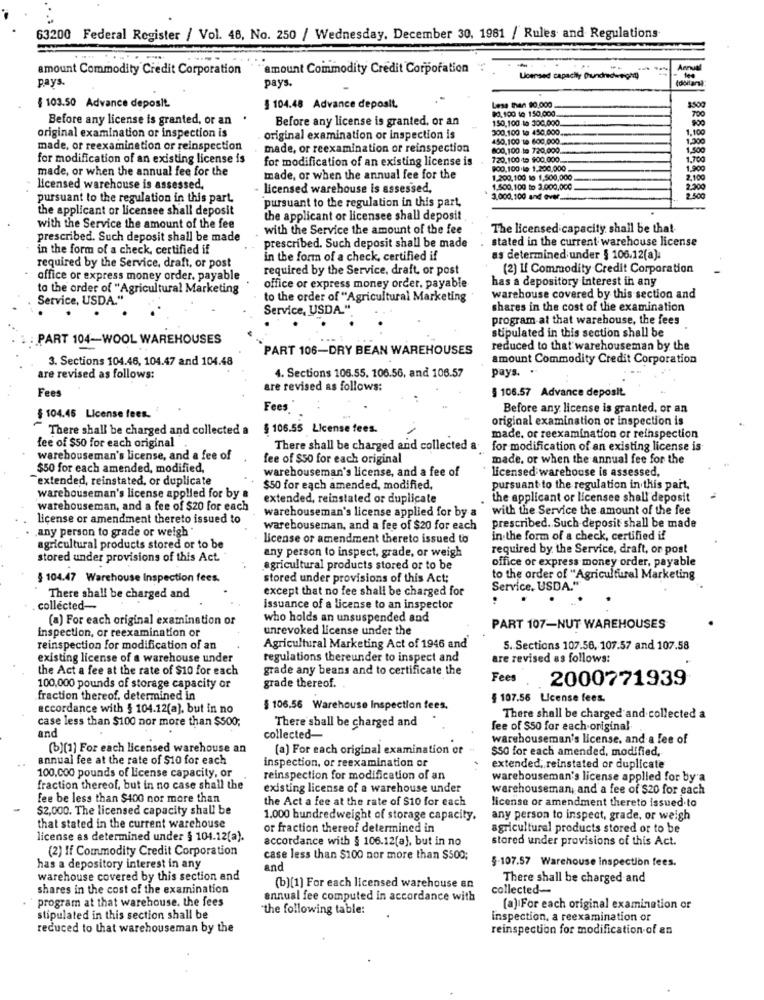
63200 Federal Register / Vol. 48, No. 250 / Wednesday, December 30, 1961 / Rules and Regulations
amount Commodity Credit Corporation
"amount Commodity Credit Corporation
Annual
pays.
pays.
Licensed capacity (lundiachingna)
Less than 90,000
$500
§ 103.50 Advance deposit
§ 104.48 Advance deposit.
90,100 to 150,000.
700
Before any license is granted, or an
Before any license is granted, or an
150,100-16 300,000.
900
original examination or inspection is
300,100 to 450.000.
1.100
original examination or inspection is
450,100 10 600,000
made, or reexaminetion or reinspection
made, or reexamination or reinspection
800,100 to 720,000.
1.500
for modification of an existing license is
for modification of an existing license is
720.100 to $00.000.
1.700
made, or when the annual fee for the
$00,100 10 1.200.000.
1.900
made, or when the annual fee for the
1.200,100 10 1,500,000
2,100
" licensed warehouse is assessed,
- licensed warehouse is assessed,
1,500,100 to 3.000,00℃
2.300
pursuant to the regulation in this part
pursuant to the regulation in this part,
3.000,100 and ovw ......
2.500
the applicant or licensee shall deposit
the applicant or licensee shall deposit
with the Service the amount of the fee
with the Service the amount of the fee
The licensed capacity shall be that
prescribed. Such deposit shall be made
stated in the current warehouse license
in the form of a check, certified if
prescribed. Such deposit shall be made
in the form of a check, certified if
as determined under § 106.12(a).
required by the Service, draft, or post
required by the Service, draft, or post
(2) If Commodity Credit Corporation
office or express money order. payable
has a depository interest in any
to the order of "Agricultural Marketing
office or express money order, payable
Service, USDA."
to the order of "Agricultural Marketing
warehouse covered by this section and
Service, USDA."
shares in the cost of the examination
program at that warehouse, the fees
stipulated in this section shall be
PART 104-WOOL WAREHOUSES
PART 106-DRY BEAN WAREHOUSES
reduced to that warehouseman by the
3. Sections 104.46, 104.47 and 104.48
amount Commodity Credit Corporation
4. Sections 106.55. 106.56, and 106.57
pays. .
are revised as follows:
Fees
are revised as follows:
§ 106.57 Advance deposit
Fees
Before any license is granted, or an
$ 104.45 License fees.
original examination or inspection is
There shall be charged and collected a $ 106.55 License fees.
made. or reexamination or reinspection
fee of $50 for each original
There shall be charged and collected a for modification of an existing license is
warehouseman's license, and a fee of
fee of $50 for each original
made. or when the annual fee for the
$50 for each amended, modified,
warehouseman's license, and a fee of
licensed warehouse is assessed,
"extended, reinstated, or duplicate
$50 for each amended, modified,
pursuant to the regulation in this part,
warehouseman's license applied for by &
extended, reinstated or duplicate
the applicant or licensee shall deposit
warehouseman, and a fee of $20 for each
warehouseman's license applied for by a
with the Service the amount of the fee
license or amendment thereto issued to
.any person to grade or weigh "
warehouseman, and a fee of $20 for each
prescribed. Such deposit shall be made
License or amendment thereto issued to
in the form of a check, certified if
agricultural products stored or to be
any person to inspect, grade, or weigh
required by the Service, draft, or post
stored under provisions of this Act.
office or express money order, payable
agricultural products stored or to be
§ 104.47 Warehouse Inspection fees.
stored under provisions of this Act;
to the order of "Agricultural Marketing
except that no fee shall be charged for
Service, USDA.""
There shall be charged and
collected-
Issuance of a license to an inspector
(a) For each original examination or
who holds an unsuspended and
unrevoked license under the
PART 107-NUT WAREHOUSES
inspection, or reexamination or
reinspection for modification of an
Agricultural Marketing Act of 1946 and
5. Sections 107.56, 107.57 and 107.58
existing license of a warehouse under
regulations thereunder to inspect and
are revised as follows:
the Act a fee at the rate of $10 for each
grade any beans and to certificate the
Fees
2000771939
100,000 pounds of storage capacity or
grade thereof.
fraction thereof. determined in
§ 107.56 License fees.
accordance with § 104.12(a), but in no
§ 106.56 Warehouse Inspection fees.
case less than $100 nor more than $500;
There shall be charged and
There shall be charged and collected a
fee of $50 for each original
and
collected-
warehouseman's license, and a lee of
(b)[1] For each licensed warehouse an
(a) For each original examination of
$50 for each amended, modified,
annual fee at the rate of $10 for each
inspection, or reexamination or
extended, reinstated or duplicate
100,000 pounds of license capacity, or
reinspection for modification of an
warehouseman's license applied for by a
fraction thereof, but in no case shall the
existing license of a warehouse under
warehouseman, and a fee of $20 for each
fee be less than $400 nor more than
the Act a fee at the rate of $10 for each
license or amendment thereto issued.to
$2,000. The licensed capacity shall be
1.000 hundredweight of storage capacity.
any person to inspect, grade, or weigh
that stated in the current warehouse
or fraction thereof determined in
agricultural products stored or to be
license as determined under § 104.12(a).
accordance with § 106.12(a), but in no
stored under provisions of this Act.
(2) If Commodity Credit Corporation
case less than $100 nor more than $500;
5-107.57 Warehouse inspection fees.
has a depository interest in any
and
warehouse covered by this section and
There shall be charged and
shares in the cost of the examination
(b)[1] For each licensed warehouse an
collected-
program at that warehouse. the fees
annual fee computed in accordance with
"the following table:
(a) For each original examination of
stipulated in this section shall be
inspection, a reexamination or
reduced to that warehouseman by the
reinspection for modification of an